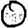
Digit: 0